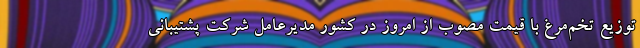
توزیع تخم‌مرغ با قیمت مصوب از امروز در کشور مدیرعامل شرکت پشتیبانی